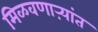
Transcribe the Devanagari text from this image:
मिळवणाऱ्यांत